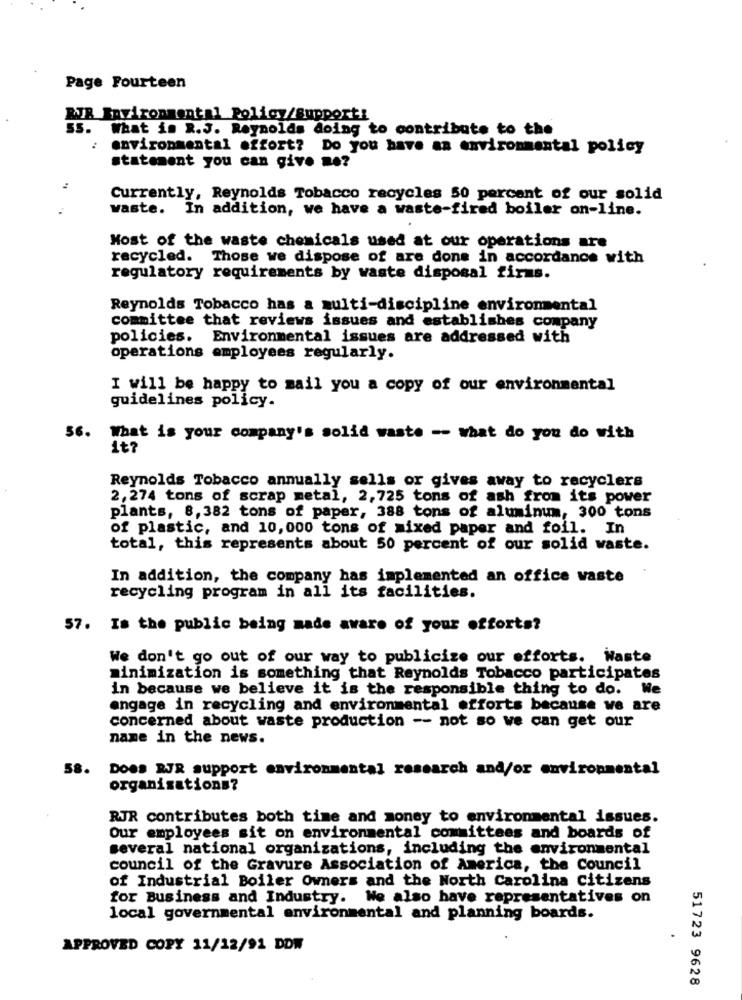
Page Fourteen
RJR Environmental Policy/Support!
ss. What is R.J. Reynolds doing to contribute to the
environmental effort? Do you have an environmental policy
statement you can give me?
Currently, Reynolds Tobacco recycles 50 percent of our solid
waste. In addition, we have a waste-fired boiler on-line.
Most of the waste chemicals used at our operations are
recycled. Those we dispose of are done in accordance with
regulatory requirements by waste disposal firms.
Reynolds Tobacco has a multi-discipline environmental
committee that reviews issues and establishes company
policies. Environmental issues are addressed with
operations employees regularly.
I will be happy to mail you a copy of our environmental
guidelines policy.
56. What is your company's solid waste -- what do you do with
it?
Reynolds Tobacco annually sells or gives away to recyclers
2,274 tons of scrap metal, 2,725 tons of ash from its power
plants, 8, 382 tons of paper, 388 tons of aluminum, 300 tons
of plastic, and 10,000 tons of mixed paper and foil. In
total, this represents about 50 percent of our solid waste.
In addition, the company has implemented an office waste
recycling program in all its facilities.
57. Is the public being made aware of your efforts?
We don't go out of our way to publicize our efforts. Haste
minimization is something that Reynolds Tobacco participates
in because we believe it is the responsible thing to do. We
engage in recycling and environmental efforts because we are
concerned about waste production -- not so we can get our
name in the news.
58
Does RJR support environmental research and/or environmental
organisations?
RJR contributes both time and money to environmental issues.
Our employees sit on environmental committees and boards of
several national organizations, including the environmental
council of the Gravure Association of America, the Council
of Industrial Boiler Owners and the North Carolina citizens
for Business and Industry. We also have representatives on
local governmental environmental and planning boards.
APPROVED COPY 11/12/91 DDW
51723 9628